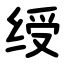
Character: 绶